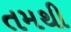
તમથી